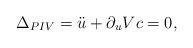
LaTeX: \begin{align*}\Delta_{PIV} = \ddot{u} + \partial_u Vc = 0 ,\end{align*}